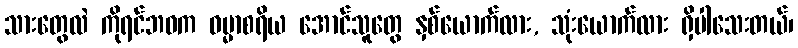
သားတွေလဲ ကိုရင်ဘဝက ဓမ္မာစရိယ အောင်သူတွေ နှစ်ယောက်လား, သုံးယောက်လား ရှိပါသေးတယ်၊